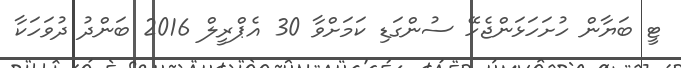
ޓީ ބަޔާން ހުށަހަޅަންޖެހޭ ސުންގަޑި ކަމަށްވާ 30 އެޕްރީލް 2016 ބަންދު ދުވަހަކާ